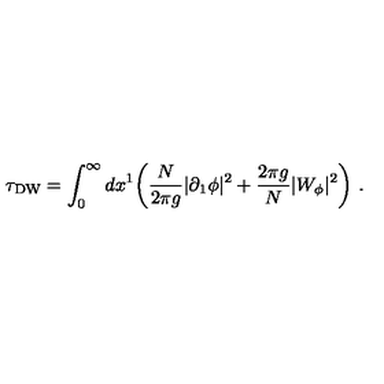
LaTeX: \tau _ { \mathrm { D W } } = \int _ { 0 } ^ { \infty } d x ^ { 1 } \biggl ( \frac { N } { 2 \pi g } | \partial _ { 1 } \phi | ^ { 2 } + \frac { 2 \pi g } { N } | W _ { \phi } | ^ { 2 } \biggr ) \ .